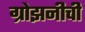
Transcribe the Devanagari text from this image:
ग्रोझनीची